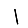
Digit: 1